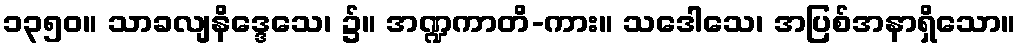
၁၃၅၀။ သာခလျနိဒ္ဒေသေ၊ ၌။ အဏ္ဍကာတိ-ကား။ သဒေါသေ၊ အပြစ်အနာရှိသော။